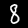
Digit: 8